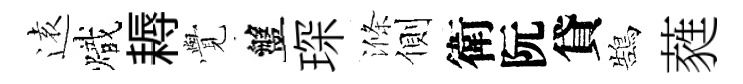
逺熾耨𮗜盤琛滌側衛阮貸鵠蕤